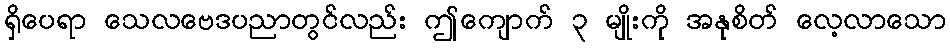
ရှိပေရာ သေလဗေဒပညာတွင်လည်း ဤကျောက် ၃ မျိုးကို အနုစိတ် လေ့လာသော